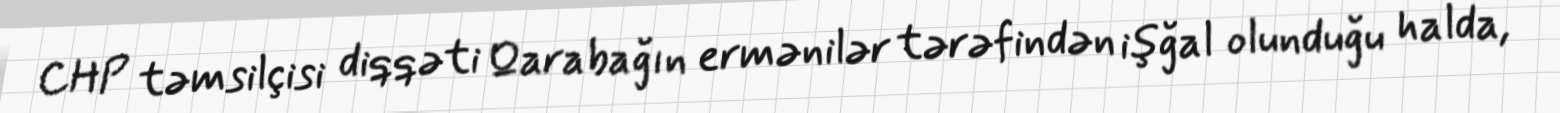
CHP təmsilçisi diqqəti Qarabağın ermənilər tərəfindən işğal olunduğu halda,